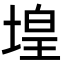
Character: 堭